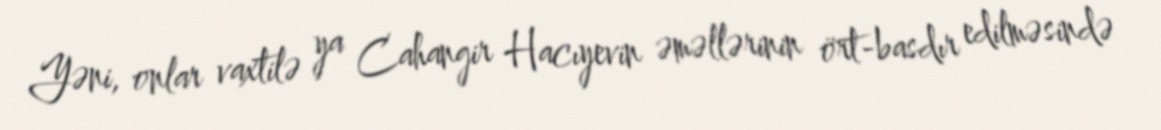
Yəni, onlar vaxtilə ya Cahangir Hacıyevin əməllərinin ört-basdır edilməsində